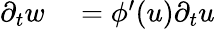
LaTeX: \begin{array}{rl}{\partial_{t}w}&{{}=\phi^{\prime}(u)\partial_{t}u}\end{array}